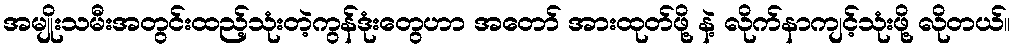
အမျိုးသမီးအတွင်းထည့်သုံးတဲ့ကွန်ဒုံးတွေဟာ အတော် အားထုတ်ဖို့ နဲ့ လိုက်နာကျင့်သုံးဖို့ လိုတယ်။